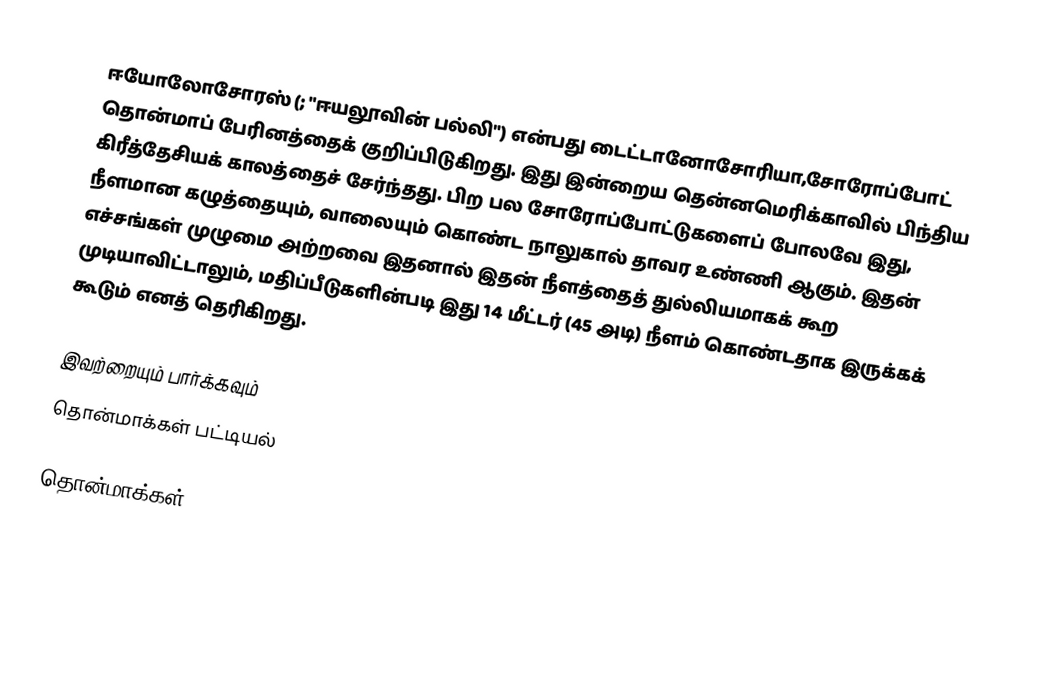
ஈயோலோசோரஸ் (; "ஈயலூவின் பல்லி") என்பது டைட்டானோசோரியா,சோரோப்போட் தொன்மாப் பேரினத்தைக் குறிப்பிடுகிறது. இது இன்றைய தென்னமெரிக்காவில் பிந்திய கிரீத்தேசியக் காலத்தைச் சேர்ந்தது. பிற பல சோரோப்போட்டுகளைப் போலவே இது, நீளமான கழுத்தையும், வாலையும் கொண்ட நாலுகால் தாவர உண்ணி ஆகும். இதன் எச்சங்கள் முழுமை அற்றவை இதனால் இதன் நீளத்தைத் துல்லியமாகக் கூற முடியாவிட்டாலும், மதிப்பீடுகளின்படி இது 14 மீட்டர் (45 அடி) நீளம் கொண்டதாக இருக்கக் கூடும் எனத் தெரிகிறது.

இவற்றையும் பார்க்கவும்
 தொன்மாக்கள் பட்டியல்

தொன்மாக்கள்